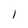
Character: I